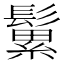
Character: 𩮹